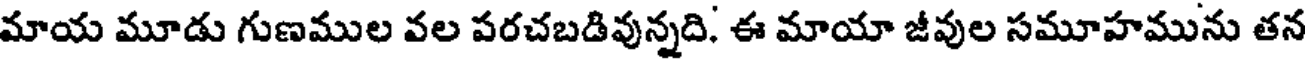
మాయ మూడు గుణముల వల పరచబడివున్నది. ఈ మాయా జీవుల సమూహమును తన